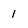
Character: 1